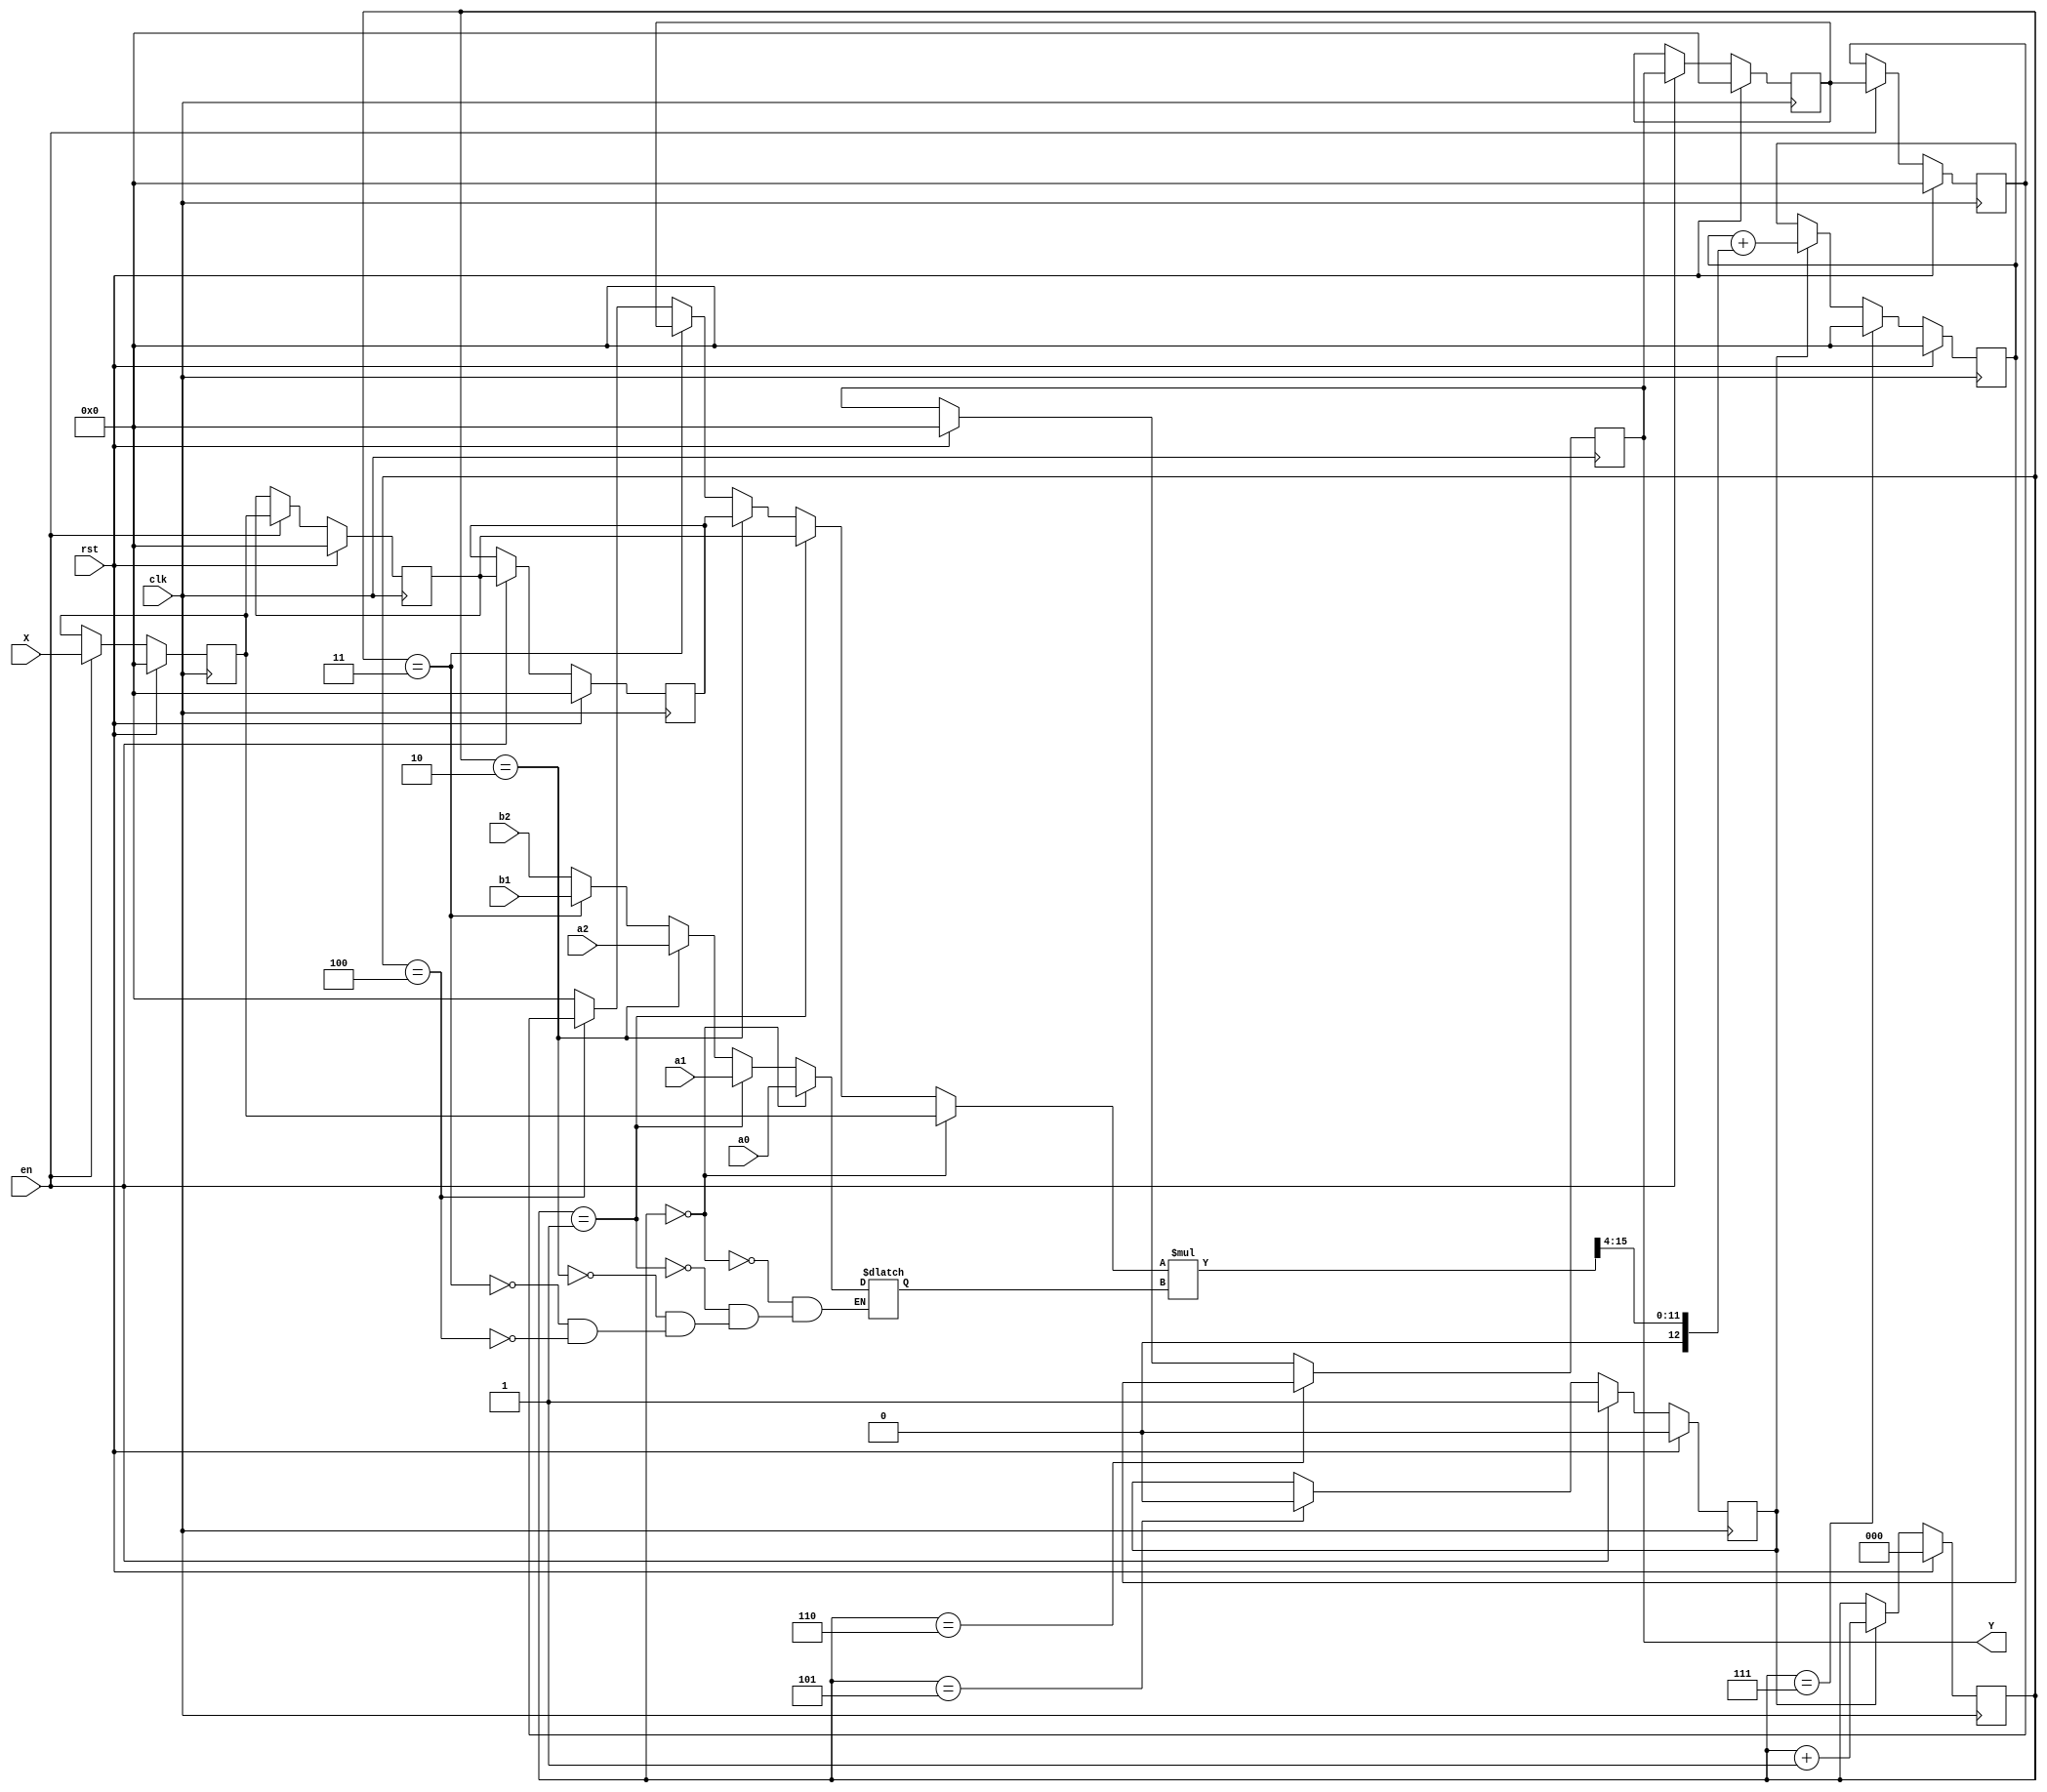
/*
IIR filter for MPW-2
*/
module IIR_Filter
  #(
    parameter N  = 16)
  (
    input wire clk,
    input wire rst,
    input wire en,
    input wire signed [N-1:0] X,
    input wire signed [N-1:0] a0,
    input wire signed [N-1:0] a1,
    input wire signed [N-1:0] a2,
    input wire signed [N-1:0] b1,
    input wire signed [N-1:0] b2,
    output wire signed  [N-1:0] Y);
  
  reg signed [N-1:0] X1, X2, X3;
  reg signed [N-1:0] Y1, Y2;
  reg signed [N-1:0] Yt;
  wire  signed [2*N-1:0] prod; 
  
  reg [2:0] phase;
  reg cycle_valid;
  
  reg signed [N-1:0] coeff;
  reg signed [N-1:0] samplevalue;
  reg signed [N-1:0] result; 


  assign Y = Yt; 
  assign prod = (samplevalue*coeff) >>> 15;

  always@(phase or X1 or X2 or X3 or Y1 or Y2 ) begin

	if (phase == 3'b000) begin
         samplevalue <= X1; 
         coeff <=  a0;
    end 
	else if (phase == 3'b001) begin
         samplevalue <= X2; 
         coeff <=  a1;
    end 
	else if (phase == 3'b010) begin
         samplevalue <= X3; 
         coeff <=  a2;
    end 
	else if (phase == 3'b011) begin
         samplevalue <= Y1; 
         coeff <=  b1;
    end 
	else if (phase == 3'b100) begin
         samplevalue <= Y2; 
         coeff <=  b2;
    end 
    else
         samplevalue <= 0;
  end


  
  always@(posedge clk) begin
    if(rst ==1'b1) 
    begin
      Y1 <= 0;
      Y2 <= 0;
      X1 <= 0;
      X2 <= 0;
      X3 <= 0;
      Yt <= 0;
    end
    else if(en == 1'b1) 
    begin 
      Y1 <= Yt;
      Y2 <= Y1;
      X1 <= X;
      X2 <= X1;
      X3 <= X2;
    end
   if(phase == 3'b110)
       Yt <= result;
  end

  always@(posedge clk) begin
    if(rst ==1'b1) 
    begin
		result <= 0;
    end
    else begin
    if(cycle_valid)  
		result <= result + ((samplevalue*coeff) >> 4);
    if(phase == 3'b111)
        result <= 0;
    end
  end

/*phase of the computation*/
   always@(posedge clk) begin
    if(rst ==1'b1) 
    begin
		phase <= 0;
    end
    else if(cycle_valid)
       	phase <= phase + 1;
    end

/*phase of the computation*/
   always@(posedge clk) begin
    if(rst ==1'b1) 
		cycle_valid <= 0;
    else if(en == 1'b1) 
         cycle_valid <= 1;
    else if(phase == 3'b101) begin
         cycle_valid <= 0;
         end
   end

  
endmodule